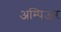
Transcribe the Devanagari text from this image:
अम्पिअर